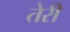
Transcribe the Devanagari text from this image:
तेेरी